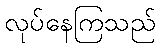
လုပ်နေကြသည်